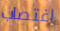
اغتصاب